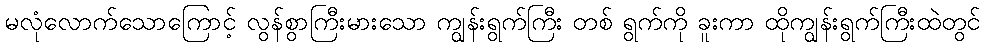
မလုံလောက်သောကြောင့် လွန်စွာကြီးမားသော ကျွန်းရွက်ကြီး တစ် ရွက်ကို ခူးကာ ထိုကျွန်းရွက်ကြီးထဲတွင်